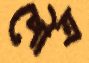
পৌত্র